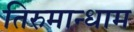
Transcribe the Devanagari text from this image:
तिरुमान्धाम